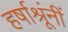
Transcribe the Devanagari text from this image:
हर्षाश्रूंनीं